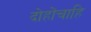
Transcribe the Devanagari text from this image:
दोहोंचाहि